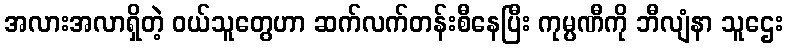
အလားအလာရှိတဲ့ ဝယ်သူတွေဟာ ဆက်လက်တန်းစီနေပြီး ကုမ္ပဏီကို ဘီလျံနာ သူဌေး